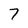
Character: 7